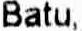
BATU,